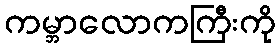
ကမ္ဘာလောကကြီးကို